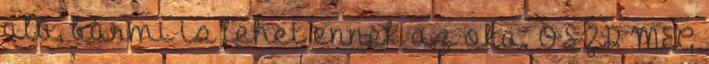
alá, bármi is lehet ennek az oka. OSZD MEG